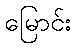
မြောင်း